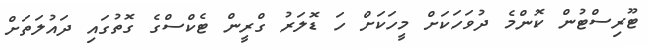
ޓޫރިސްޓުން ކޮންމެ ދުވަހަކަށް މީހަކަށް ހަ ޑޮލަރު ގްރީން ޓެކްސްގެ ގޮތުގައި ދައުލަތަށް